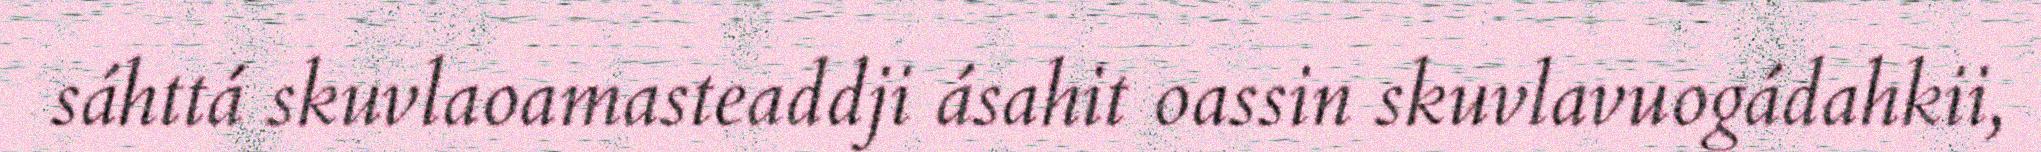
sáhttá skuvlaoamasteaddji ásahit oassin skuvlavuogádahkii,